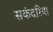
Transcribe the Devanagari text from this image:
सकंदरिया